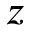
z